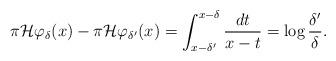
LaTeX: \begin{align*}\pi\mathcal{H}\varphi_{\delta}(x)-\pi\mathcal{H}\varphi_{\delta'}(x)=\int_{x-\delta'}^{x-\delta}\frac{dt}{x-t}=\log\frac{\delta'}{\delta}.\end{align*}